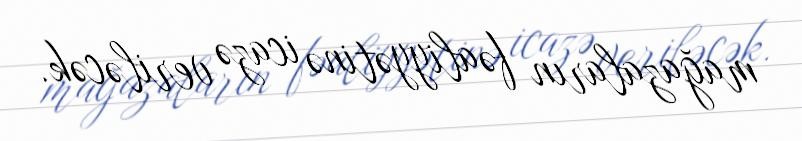
mağazaların fəaliyyətinə icazə veriləcək.